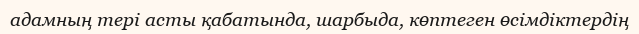
адамның тері асты қабатында, шарбыда, көптеген өсімдіктердің